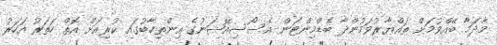
މާދަމާ ބޭއްވުމަށް ތައްޔާރުވަމުންދާ ބެޑްމިންޓަން އެސޯސިއޭޝަނުގެ އިންތިހާބުގައި ކުރިއަށް އޮތް ހަތަރު އަހަރު